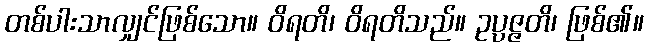
တစ်ပါးသာလျှင်ဖြစ်သော။ ဝိရတိ၊ ဝိရတိသည်။ ဥပ္ပဇ္ဇတိ၊ ဖြစ်၏။